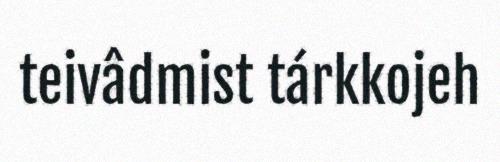
teivâdmist tárkkojeh